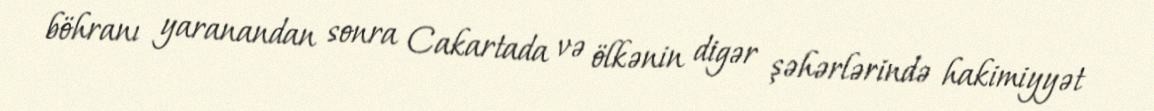
böhranı yaranandan sonra Cakartada və ölkənin digər şəhərlərində hakimiyyət